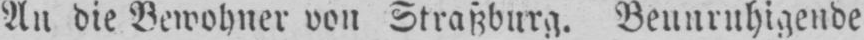
An die Bewohner von Straßburg. Beunruhigende